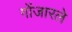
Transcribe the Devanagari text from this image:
गोंजारले